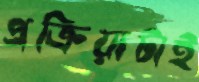
প্রক্রিয়াটাই